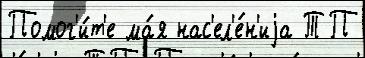
Помог'и́т'е ма́я нас'ел'е́н'иjа ТП